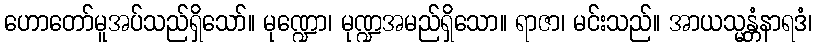
ဟောတော်မူအပ်သည်ရှိသော်။ မုဏ္ဍော၊ မုဏ္ဍအမည်ရှိသော။ ရာဇာ၊ မင်းသည်။ အာယသ္မန္တံနာရဒံ၊